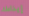
إيذاءك